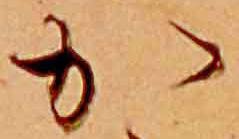
か